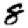
Digit: 8